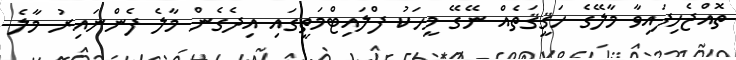
ތޮއްޖެހިފައިވާ މާލޭގެ ހަޤީޤަތެއް ނޭގޭ މީހަކު ފްލައިޓްމަތީގައި އިދެގެން މާލެ ފެންނައިރު މާލެ